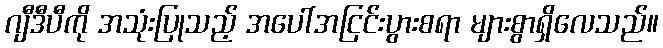
ဂျီဒီပီကို အသုံးပြုသည့် အပေါ်အငြင်းပွားစရာ များစွာရှိလေသည်။